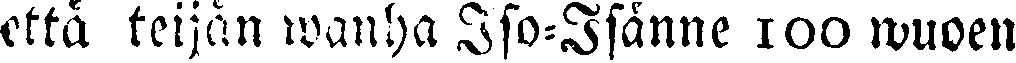
että teijän wanha Iso-Isänne 100 wuoen